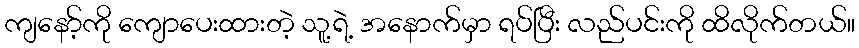
ကျနော့်ကို ကျောပေးထားတဲ့ သူ့ရဲ့ အနောက်မှာ ရပ်ပြီး လည်ပင်းကို ထိလိုက်တယ်။